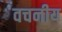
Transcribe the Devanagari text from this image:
वचनीय